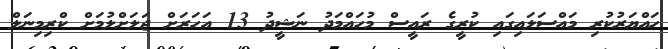
ހައްޔަރުކުރި މައްސަލައިގައި ކުރީގެ ރައީސް މުހައްމަދު ނަޝީދު 13 އަހަރަށް ޖަލަށްލުމަށް ކްރިމިނަލް